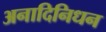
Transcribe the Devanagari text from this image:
अनादिनिधन